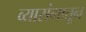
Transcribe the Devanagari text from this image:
व्यासंगातून